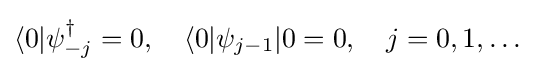
\langle 0|\psi _{-j}^{\dagger }=0,\quad \langle 0|\psi _{j-1}|0=0,\quad j=0,1,\dots